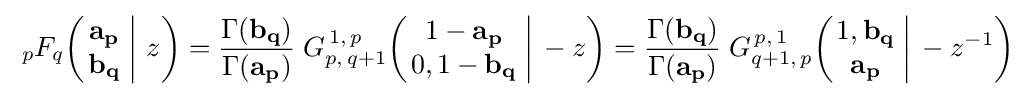
\;_{p}F_{q}\!\left(\left.{\begin{matrix}\mathbf {a_{p}} \\\mathbf {b_{q}} \end{matrix}}\;\right|\,z\right)={\frac {\Gamma (\mathbf {b_{q}} )}{\Gamma (\mathbf {a_{p}} )}}\;G_{p,\,q+1}^{\,1,\,p}\!\left(\left.{\begin{matrix}1-\mathbf {a_{p}} \\0,1-\mathbf {b_{q}} \end{matrix}}\;\right|\,-z\right)={\frac {\Gamma (\mathbf {b_{q}} )}{\Gamma (\mathbf {a_{p}} )}}\;G_{q+1,\,p}^{\,p,\,1}\!\left(\left.{\begin{matrix}1,\mathbf {b_{q}} \\\mathbf {a_{p}} \end{matrix}}\;\right|\,-z^{-1}\right)